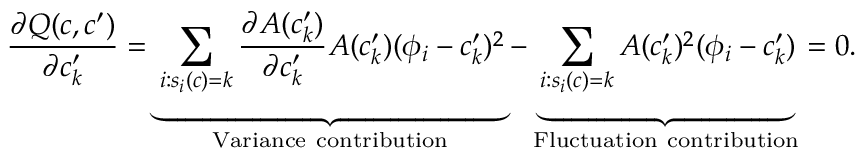
{ \frac { \partial Q ( c , c ^ { \prime } ) } { \partial c _ { k } ^ { \prime } } = \underbrace { \sum _ { i : s _ { i } ( c ) = k } \frac { \partial A ( c _ { k } ^ { \prime } ) } { \partial c _ { k } ^ { \prime } } A ( c _ { k } ^ { \prime } ) ( \phi _ { i } - c _ { k } ^ { \prime } ) ^ { 2 } } _ { \mathrm { V a r i a n c e ~ c o n t r i b u t i o n } } - \underbrace { \sum _ { i : s _ { i } ( c ) = k } A ( c _ { k } ^ { \prime } ) ^ { 2 } ( \phi _ { i } - c _ { k } ^ { \prime } ) } _ { \mathrm { F l u c t u a t i o n ~ c o n t r i b u t i o n } } = 0 . }